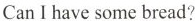
CanI have some bread?